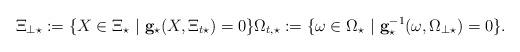
LaTeX: \begin{align*} \Xi_{\perp\star}:=\{X\in\Xi_\star~|~\mathbf{g}_\star(X,\Xi_{t\star})=0\} \Omega_{t,\star}:=\{\omega\in\Omega_\star~|~\mathbf{g}_\star^{-1} (\omega,\Omega_{\perp\star})=0\}.\end{align*}